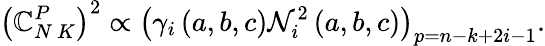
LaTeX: \left(\mathbb{C}_{N\ K}^{P}\right)^{2}\propto\left(\gamma_{i}\left(a,b,c\right)\mathcal{{N}}_{i}^{2}\left(a,b,c\right)\right)_{p=n-k+2i-1}.